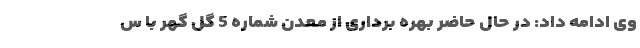
وی ادامه داد: در حال حاضر بهره برداری از معدن شماره 5 گل گهر با س